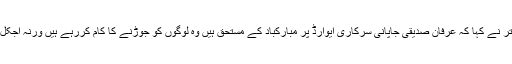
اس موقع پر میئر کراچی وسیم اختر نے کہا کہ عرفان صدیقی جاپانی سرکاری ایوارڈ پر مبارکباد کے مستحق ہیں وہ لوگوں کو جوڑنے کا کام کررہے ہیں ورنہ آجکل تو لوگ صرف توڑنا جانتے ہیں۔